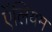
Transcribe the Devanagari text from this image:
ऍलियम